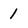
Character: 1